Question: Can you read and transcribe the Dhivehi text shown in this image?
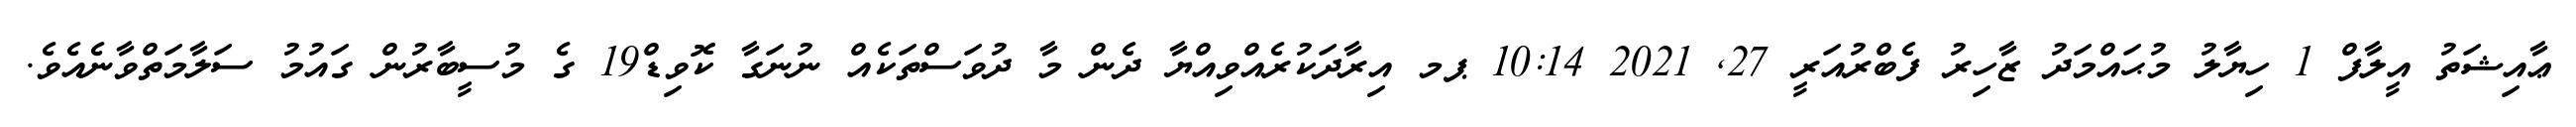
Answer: ޢާއިޝަތު އީލާފް 1 ހިޔާލު މުޙައްމަދު ޒާހިރު ފެބްރުއަރީ 27, 2021 10:14 ޕމ އިރާދަކުރެއްވިއްޔާ ދެން މާ ދުވަސްތަކެއް ނުނަގާ ކޮވިޑް19 ގެ މުސީބާރުން ގައުމު ސަލާމަތްވާނެއެވެ.